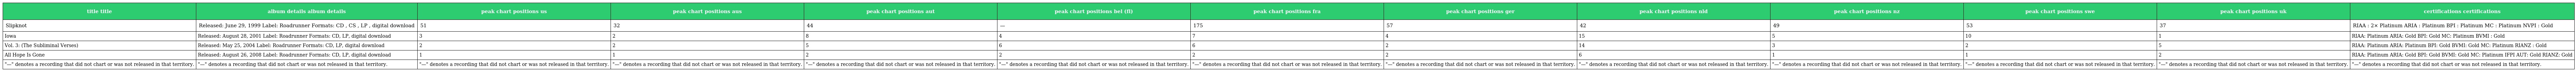
| title title | album details album details | peak chart positions us | peak chart positions aus | peak chart positions aut | peak chart positions bel (fl) | peak chart positions fra | peak chart positions ger | peak chart positions nld | peak chart positions nz | peak chart positions swe | peak chart positions uk | certifications certifications |
 | --- | --- | --- | --- | --- | --- | --- | --- | --- | --- | --- | --- | --- |
 | Slipknot | Released: June 29, 1999 Label: Roadrunner Formats: CD , CS , LP , digital download | 51 | 32 | 44 | — | 175 | 57 | 42 | 49 | 53 | 37 | RIAA : 2× Platinum ARIA : Platinum BPI : Platinum MC : Platinum NVPI : Gold |
 | Iowa | Released: August 28, 2001 Label: Roadrunner Formats: CD, LP, digital download | 3 | 2 | 8 | 4 | 7 | 4 | 15 | 5 | 10 | 1 | RIAA: Platinum ARIA: Gold BPI: Gold MC: Platinum BVMI : Gold |
 | Vol. 3: (The Subliminal Verses) | Released: May 25, 2004 Label: Roadrunner Formats: CD, LP, digital download | 2 | 2 | 5 | 6 | 6 | 2 | 14 | 3 | 2 | 5 | RIAA: Platinum ARIA: Platinum BPI: Gold BVMI: Gold MC: Platinum RIANZ : Gold |
 | All Hope Is Gone | Released: August 26, 2008 Label: Roadrunner Formats: CD, LP, digital download | 1 | 1 | 2 | 2 | 2 | 2 | 6 | 1 | 1 | 2 | RIAA: Platinum ARIA: Gold BPI: Gold BVMI: Gold MC: Platinum IFPI AUT: Gold RIANZ: Gold |
 | "—" denotes a recording that did not chart or was not released in that territory. | "—" denotes a recording that did not chart or was not released in that territory. | "—" denotes a recording that did not chart or was not released in that territory. | "—" denotes a recording that did not chart or was not released in that territory. | "—" denotes a recording that did not chart or was not released in that territory. | "—" denotes a recording that did not chart or was not released in that territory. | "—" denotes a recording that did not chart or was not released in that territory. | "—" denotes a recording that did not chart or was not released in that territory. | "—" denotes a recording that did not chart or was not released in that territory. | "—" denotes a recording that did not chart or was not released in that territory. | "—" denotes a recording that did not chart or was not released in that territory. | "—" denotes a recording that did not chart or was not released in that territory. | "—" denotes a recording that did not chart or was not released in that territory. |